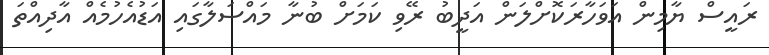
ރައީސް ޔާމިން އަވަހާރަކޮށްލަން އަދީބު ރޭވި ކަމަށް ބުނާ މައްސަލާގައި އަޑުއެހުމެއް އާދިއްތަ